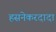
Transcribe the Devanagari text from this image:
हसनेकरदादा